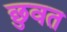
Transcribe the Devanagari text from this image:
छुवत